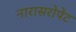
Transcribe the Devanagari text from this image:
नारासरोपेट